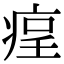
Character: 𤶲